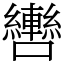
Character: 轡